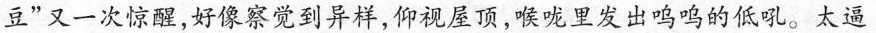
豆”又一次惊醒，好像察觉到异样，仰视屋顶，喉咙里发出呜呜的低吼。太逼